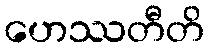
ဟေဿတီတိ